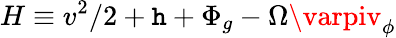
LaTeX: H\equiv{{v^{2}}/{2}}+\mathtt{h}+\Phi_{g}-\Omega\varpiv_{\phi}